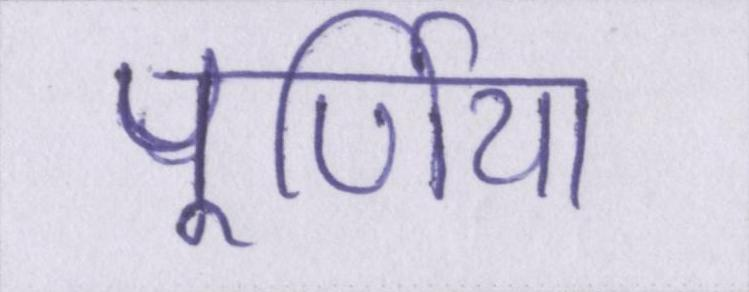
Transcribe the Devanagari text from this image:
पूर्णिया